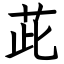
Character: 茈